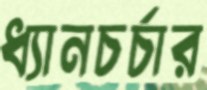
ধ্যানচর্চার